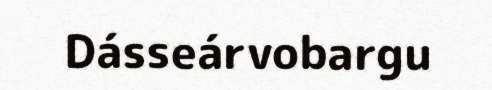
Dásseárvobargu